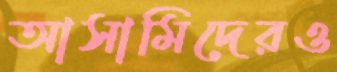
আসামিদেরও